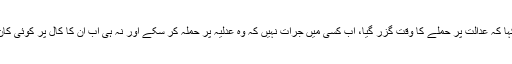
انہوں نے کہا کہ عدالت پر حملے کا وقت گزر گیا، اب کسی میں جرات نہیں کہ وہ عدلیہ پر حملہ کر سکے اور نہ ہی اب ان کا کال پر کوئی کان دھرے گا۔